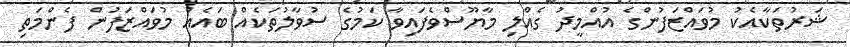
ޝަރުތަކާއެކު މުވައްޒަފުންގެ އުއްމީދު ގެއްލި މާޔޫސްވެފައިވާ ކަމުގެ ސުވާލުތަކެއް ބައެއް މުވައްޒަފުން ފެންމަތި